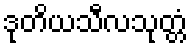
ဒုတိယသီလသုတ္တံ